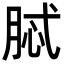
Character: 脦